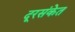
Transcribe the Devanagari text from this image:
दूरसंकेत